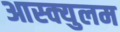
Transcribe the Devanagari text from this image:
आस्क्युलम